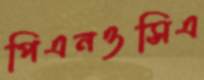
পিএনওসিএ